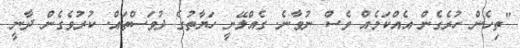
"ތިހެން ހުރެގެން އެއްކަމެއް ވެސް ނުވާނެ. ގެއްލޭނީ ހަޔާތުގެ ދުވަސްތައް. ކުރުވެގެން ދާނީ